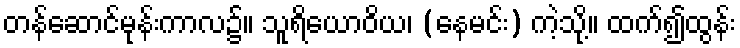
တန်ဆောင်မုန်းကာလ၌။ သူရိယောဝိယ၊ (နေမင်း) ကဲ့သို့။ ထက်၍ထွန်း